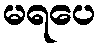
မရပေ